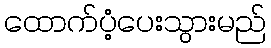
ထောက်ပံ့ပေးသွားမည်